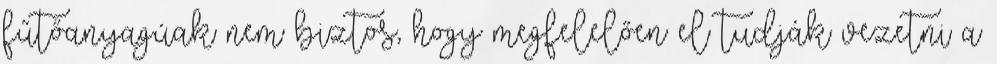
fűtőanyagúak nem biztos, hogy megfelelően el tudják vezetni a